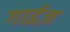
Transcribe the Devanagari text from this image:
गाईज़